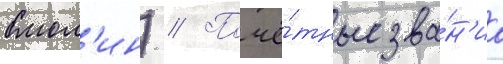
Смол'ин) // Почё́тные зва́н'иа